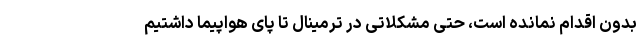
بدون اقدام نمانده است، حتی مشکلاتی در ترمینال تا پای هواپیما داشتیم